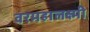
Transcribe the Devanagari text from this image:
वरमहालक्ष्मी